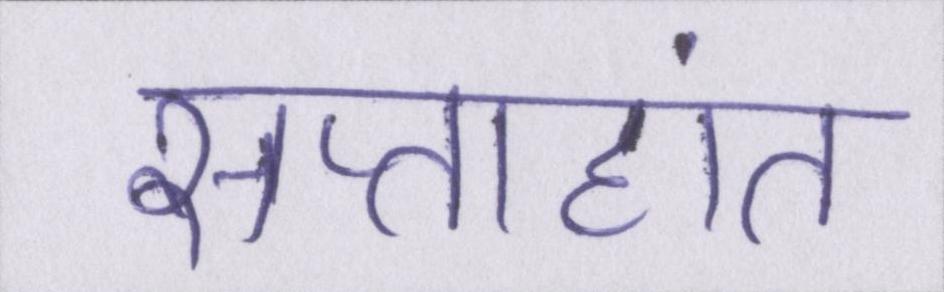
सप्ताहांत